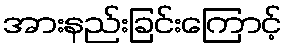
အားနည်းခြင်းကြောင့်